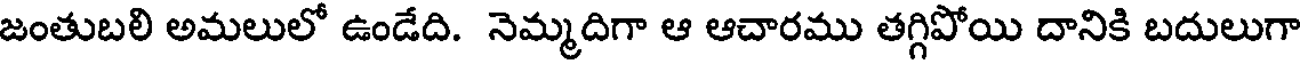
జంతుబలి అమలులో ఉండేది. నెమ్మదిగా ఆ ఆచారము తగ్గిపోయి దానికి బదులుగా